65_HS1-834228961_62-HQ-83894_Section_7
Agency: FBI
Page 175
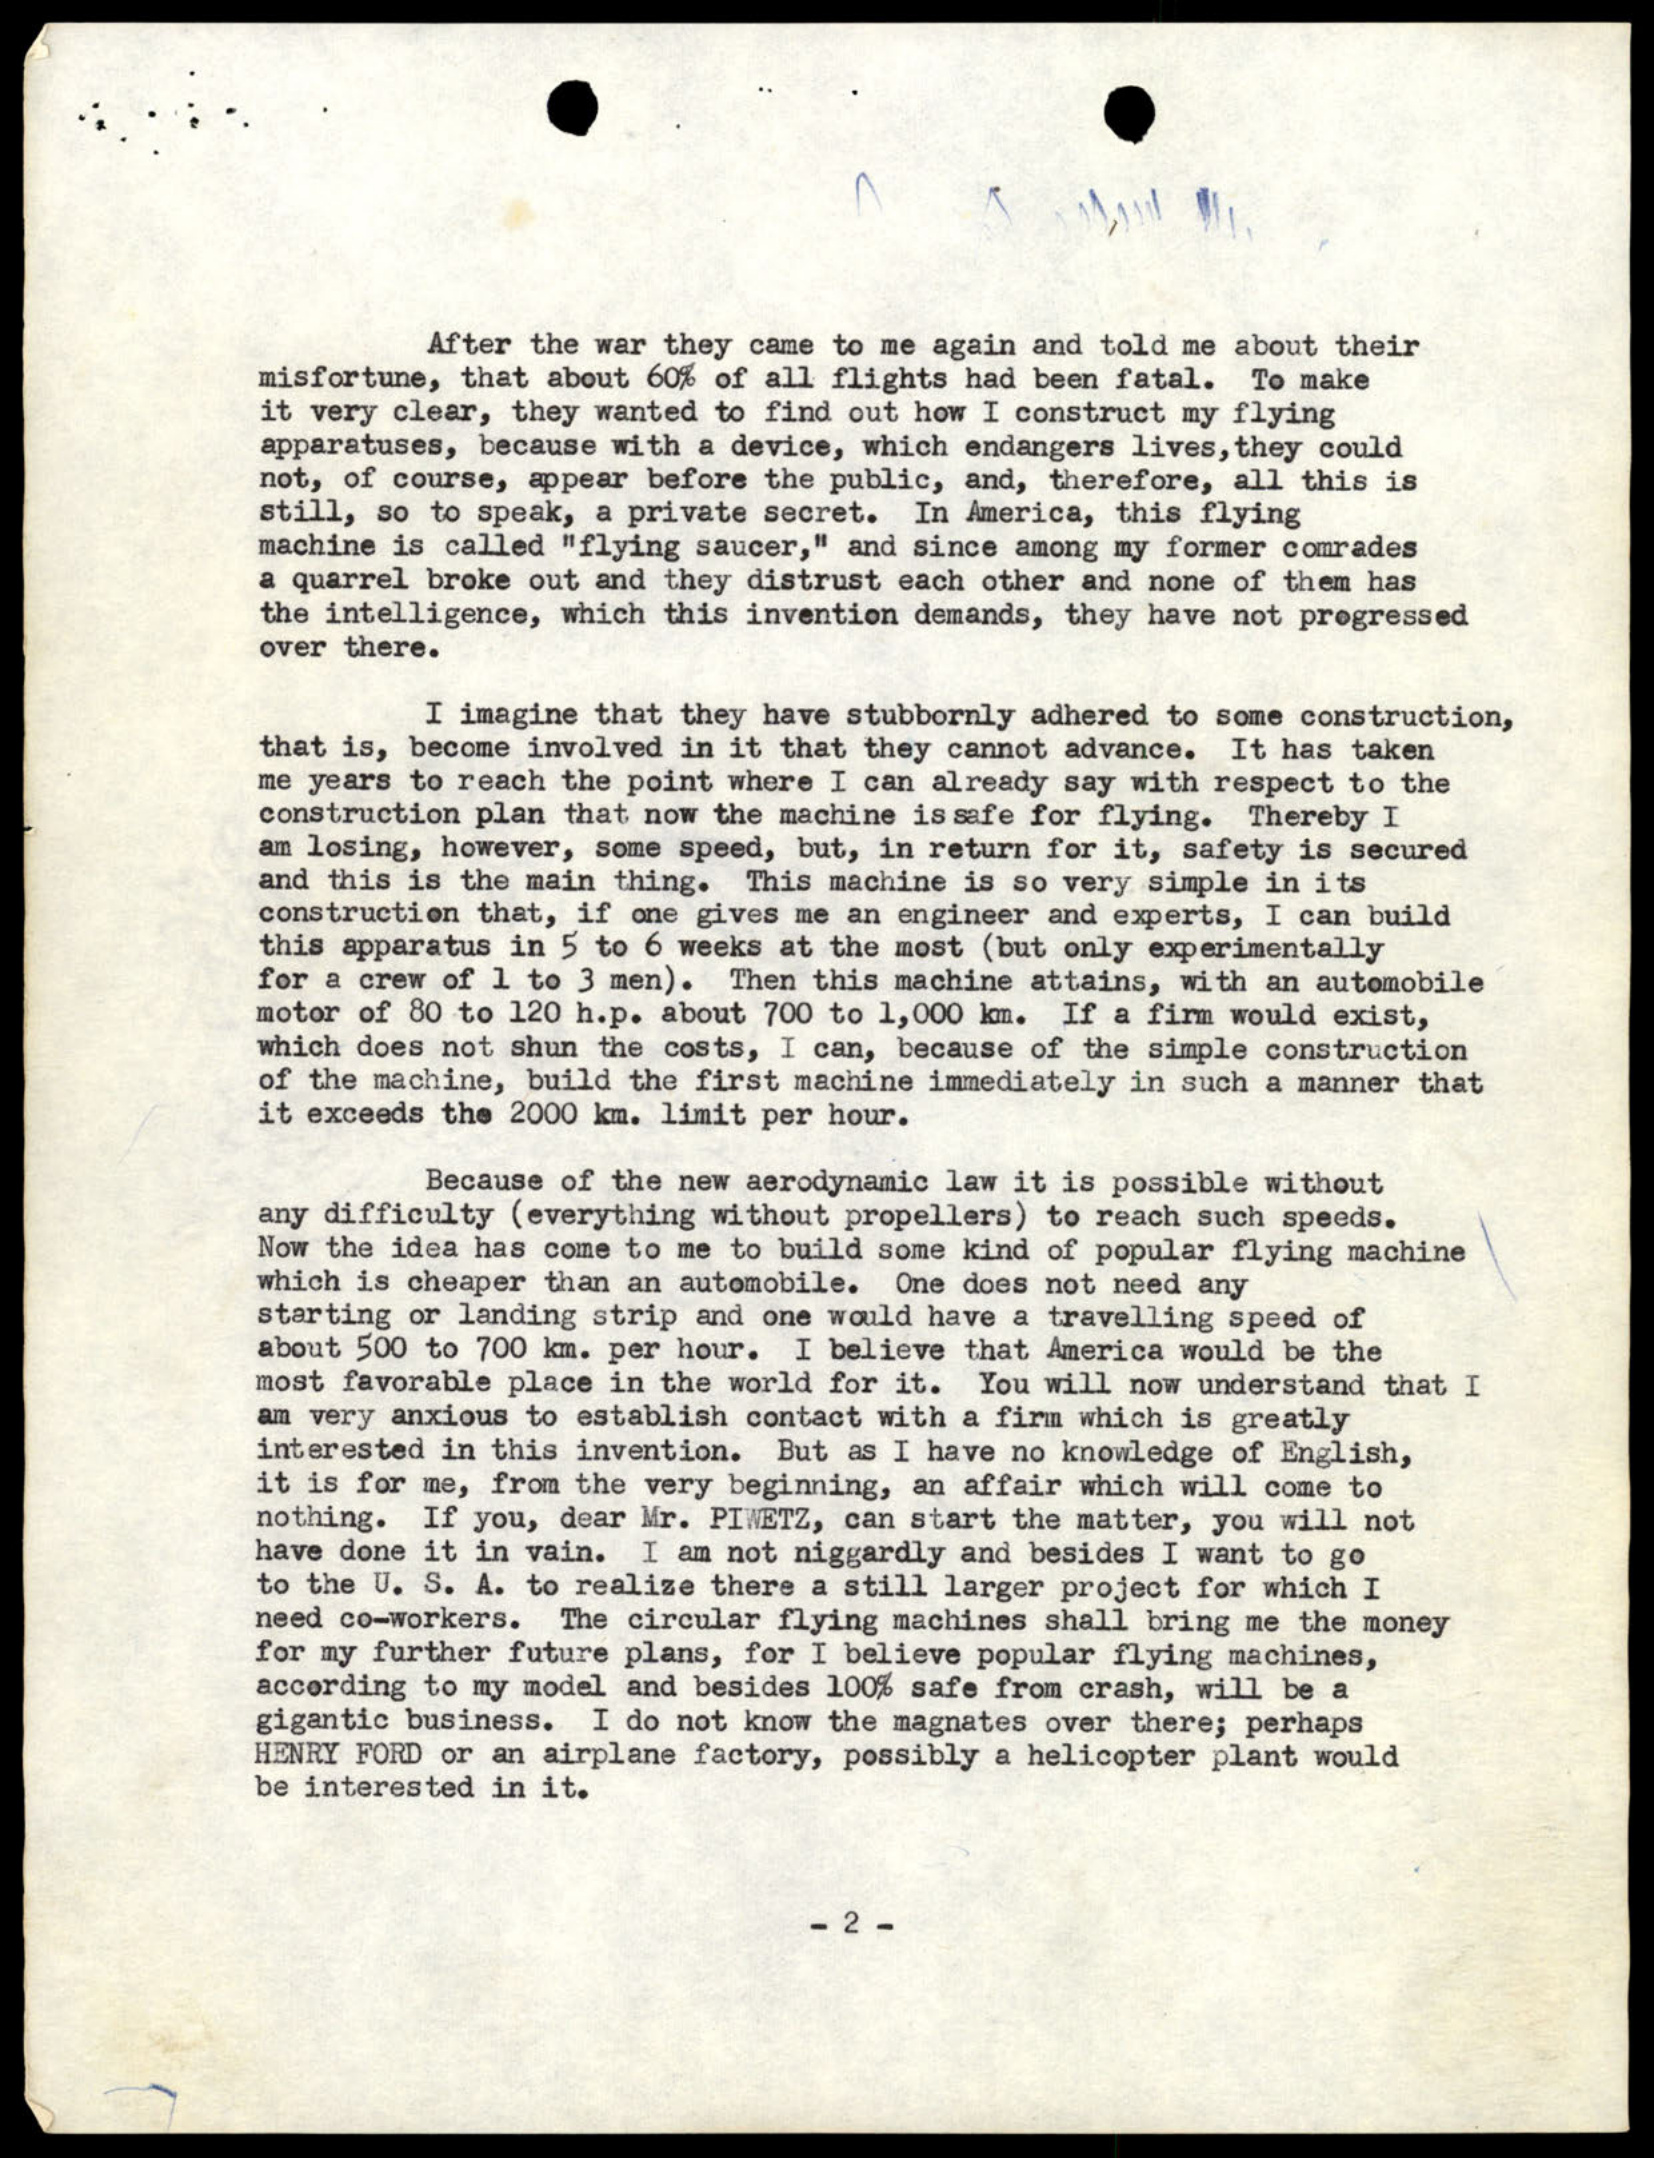